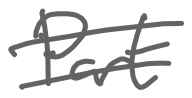
Text: Part
Cross-out: double-line
Writing tool: digital_gray